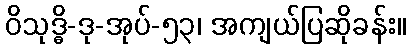
ဝိသုဒ္ဓိ-ဒု-အုပ်-၅၃၊ အကျယ်ပြဆိုခန်း။